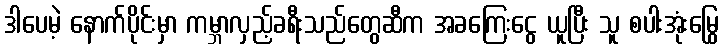
ဒါပေမဲ့ နောက်ပိုင်းမှာ ကမ္ဘာလှည့်ခရီးသည်တွေဆီက အခကြေးငွေ ယူပြီး သူ စပါးအုံးမြွေ